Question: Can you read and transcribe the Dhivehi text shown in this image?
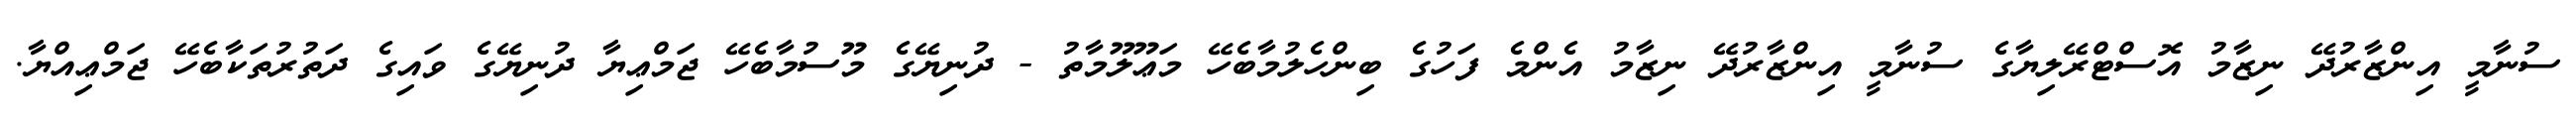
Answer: ސުނާމީ އިންޒާރުދޭ ނިޒާމު އޮސްޓްރޭލިޔާގެ ސުނާމީ އިންޒާރުދޭ ނިޒާމު އެންމެ ފަހުގެ ބިންހެލުމާބެހޭ މަޢޫލޫމާތު - ދުނިޔޭގެ މޫސުމާބެހޭ ޖަމްޢިޔާ ދުނިޔޭގެ ވައިގެ ދަތުރުތަކާބެހޭ ޖަމްޢިއްޔާ.